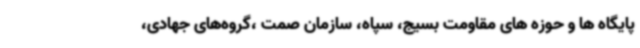
پایگاه ها و حوزه های مقاومت بسیج، سپاه، سازمان صمت ،گروه‌های جهادی،